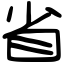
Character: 省